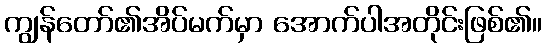
ကျွန်တော်၏အိပ်မက်မှာ အောက်ပါအတိုင်းဖြစ်၏။